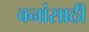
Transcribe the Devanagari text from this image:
वनांसाठी